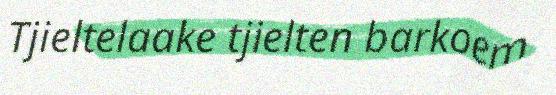
Tjieltelaake tjielten barkoem